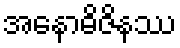
အနောဓိဇိနဿ